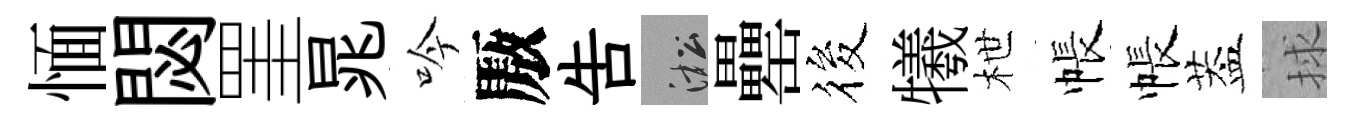
愐閟罣晁吟厫吿淞罍筱犧枻帳帳葢捄